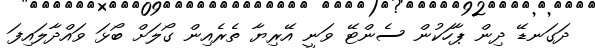
ދަގަނޑޭ ދިން ޕާހަކުން ސެންޓޭ ވަނީ އޭރިޔާ ތެރެއިން ގޯލަށް ބޯޅަ ވައްދާލައިފަ